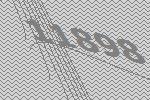
11898